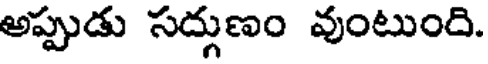
అప్పుడు సద్గుణం వుంటుంది.